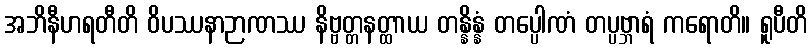
အဘိနီဟရတီတိ ဝိပဿနာဉာဏဿ နိဗ္ဗတ္တနတ္ထာယ တန္နိန္နံ တပ္ပေါဏံ တပ္ပဗ္ဘာရံ ကရောတိ။ ရူပီတိ